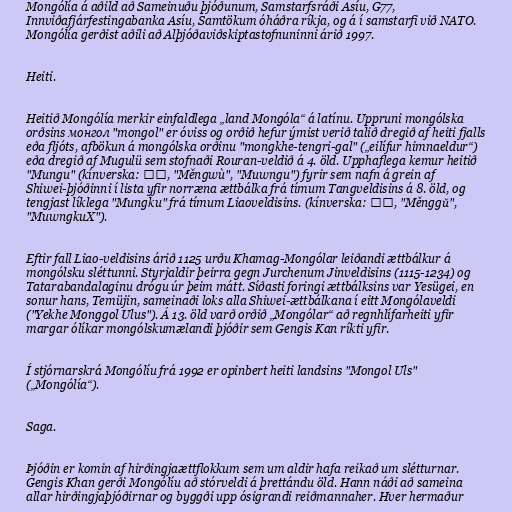
Mongólía á aðild að Sameinuðu þjóðunum, Samstarfsráði Asíu, G77,
Innviðafjárfestingabanka Asíu, Samtökum óháðra ríkja, og á í samstarfi við NATO.
Mongólía gerðist aðili að Alþjóðaviðskiptastofnuninni árið 1997.

Heiti.

Heitið Mongólía merkir einfaldlega „land Mongóla“ á latínu. Uppruni mongólska
orðsins монгол "mongol" er óviss og orðið hefur ýmist verið talið dregið af heiti fjalls
eða fljóts, afbökun á mongólska orðinu "mongkhe-tengri-gal" („eilífur himnaeldur“)
eða dregið af Mugulü sem stofnaði Rouran-veldið á 4. öld. Upphaflega kemur heitið
"Mungu" (kínverska: 蒙兀, "Měngwù", "Muwngu") fyrir sem nafn á grein af
Shiwei-þjóðinni í lista yfir norræna ættbálka frá tímum Tangveldisins á 8. öld, og
tengjast líklega "Mungku" frá tímum Liaoveldisins. (kínverska: 蒙古, "Měnggǔ",
"MuwngkuX").

Eftir fall Liao-veldisins árið 1125 urðu Khamag-Mongólar leiðandi ættbálkur á
mongólsku sléttunni. Styrjaldir þeirra gegn Jurchenum Jinveldisins (1115-1234) og
Tatarabandalaginu drógu úr þeim mátt. Síðasti foringi ættbálksins var Yesügei, en
sonur hans, Temüjin, sameinaði loks alla Shiwei-ættbálkana í eitt Mongólaveldi
("Yekhe Monggol Ulus"). Á 13. öld varð orðið „Mongólar“ að regnhlífarheiti yfir
margar ólíkar mongólskumælandi þjóðir sem Gengis Kan ríkti yfir.

Í stjórnarskrá Mongólíu frá 1992 er opinbert heiti landsins "Mongol Uls"
(„Mongólía“).

Saga.

Þjóðin er komin af hirðingjaættflokkum sem um aldir hafa reikað um slétturnar.
Gengis Khan gerði Mongólíu að stórveldi á þrettándu öld. Hann náði að sameina
allar hirðingjaþjóðirnar og byggði upp ósigrandi reiðmannaher. Hver hermaður